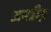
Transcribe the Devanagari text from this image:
अनडीज़